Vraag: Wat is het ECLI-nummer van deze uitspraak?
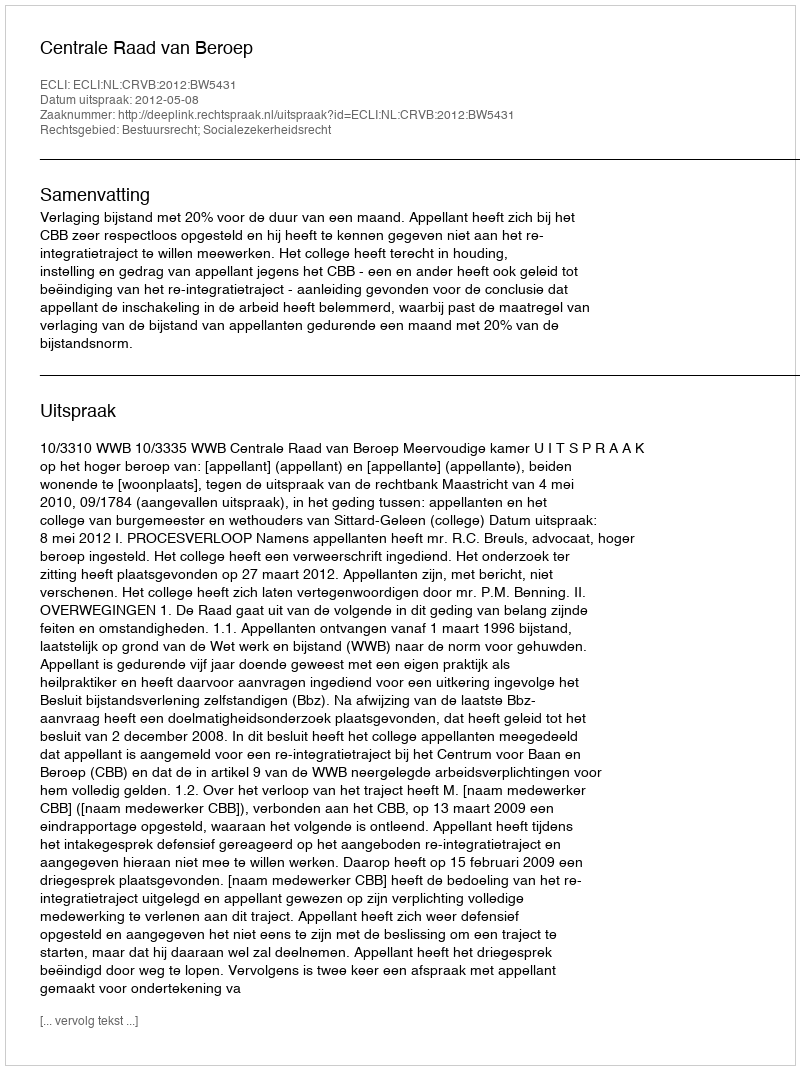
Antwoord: ECLI:NL:CRVB:2012:BW5431